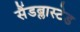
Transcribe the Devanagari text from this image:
सैंडब्लास्टेड